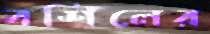
বশিলের